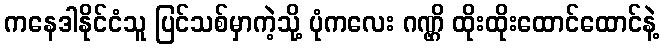
ကနေဒါနိုင်ငံသူ ပြင်သစ်မှာကဲ့သို့ ပုံကလေး ဂဏ္ဌိ ထိုးထိုးထောင်ထောင်နဲ့